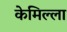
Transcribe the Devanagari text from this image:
केमिल्ला